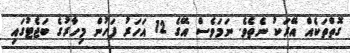
ގޮތްތަކެއް އޭރަކު ނެތެވެ. ނަމަވެސް އޭގެ 12 އަހަރު ފަހުން މިހާރުގެ ބަޖެޓުގައި